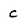
Character: C